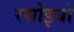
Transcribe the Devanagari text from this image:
रसोइयो